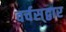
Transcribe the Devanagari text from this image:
वर्चस्‌द्वार